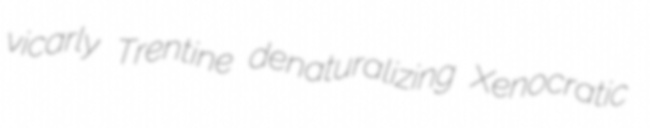
vicarly Trentine denaturalizing Xenocratic